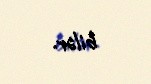
bilər.